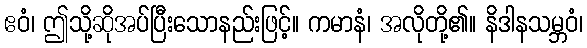
ဧဝံ၊ ဤသို့ဆိုအပ်ပြီးသောနည်းဖြင့်။ ကမာနံ၊ အလိုတို့၏။ နိဒါနသမ္ဘဝံ၊